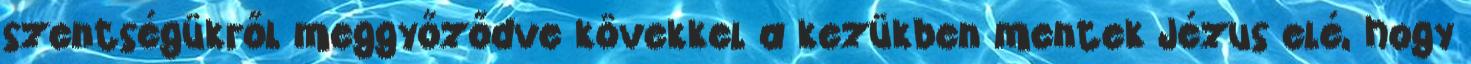
szentségükről meggyőződve kövekkel a kezükben mentek Jézus elé, hogy